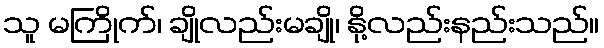
သူ မကြိုက်၊ ချိုလည်းမချို၊ နို့လည်းနည်းသည်။